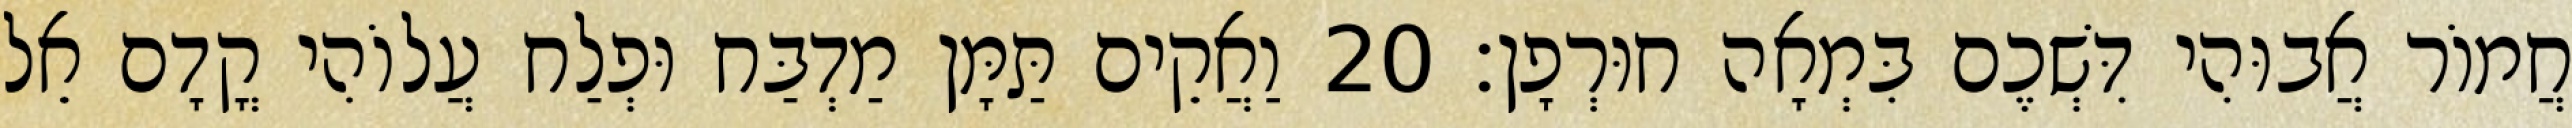
חֲמוֹר אֲבוּהִי דִּשְׁכֶם בִּמְאָה חוּרְפָן׃ 20 וַאֲקֵים תַּמָּן מַדְבַּח וּפְלַח עֲלוֹהִי קֳדָם אֵל